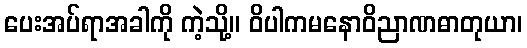
ပေးအပ်ရာအခါကို ကဲ့သို့။ ဝိပါကမနောဝိညာဏဓာတုယာ၊